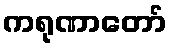
ကရုဏာတော်